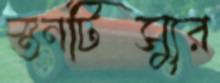
স্তনটিস্যুর